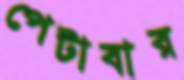
পেটাবার